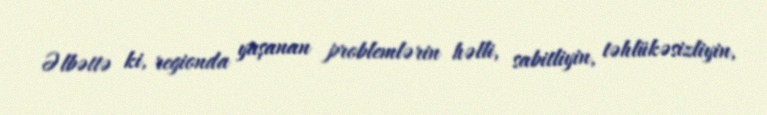
Əlbəttə ki, regionda yaşanan problemlərin həlli, sabitliyin, təhlükəsizliyin,